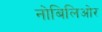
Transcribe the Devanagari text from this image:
नोबिलिओर